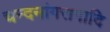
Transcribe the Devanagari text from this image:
चन्दनांगरागादि